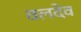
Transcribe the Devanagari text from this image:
वलदेव